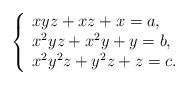
LaTeX: \begin{align*}\left\{\begin{array}{l} xyz + xz + x =a, \\ x^{2}yz + x^{2}y + y =b, \\ x^{2}y^{2}z + y^{2}z + z=c.\end{array}\right.\end{align*}